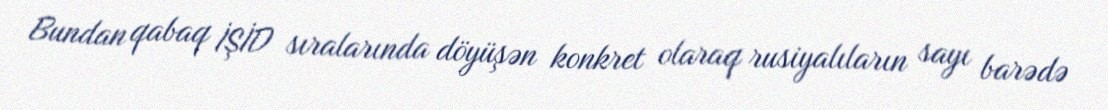
Bundan qabaq İŞİD sıralarında döyüşən konkret olaraq rusiyalıların sayı barədə